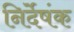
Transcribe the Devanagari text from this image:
निर्देषंक